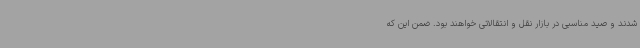
شدند و صید مناسبی در بازار نقل و انتقالاتی خواهند بود. ضمن این که